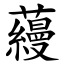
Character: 蘰